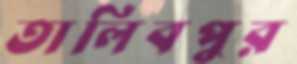
তালিবপুর